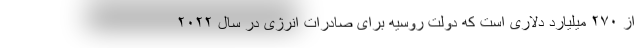
از ۲۷۰ میلیارد دلاری است که دولت روسیه برای صادرات انرژی در سال ۲۰۲۲